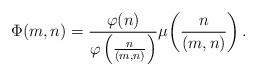
LaTeX: \begin{align*}\Phi(m,n)=\frac{\varphi (n)}{\varphi \left(\frac{n}{\left(m,n\right)}\right)}\mu \!\left(\frac{n}{\left(m,n\right)} \right).\end{align*}